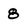
Character: 8